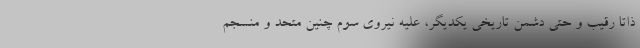
ذاتا رقيب و حتي دشمن تاريخي يكديگر، عليه نيروي سوم چنين متحد و منسجم